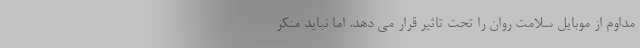
مداوم از موبایل سلامت روان را تحت تاثیر قرار می دهد. اما نباید منکر